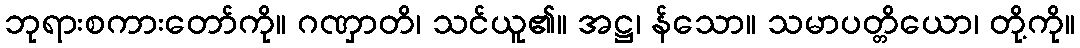
ဘုရားစကားတော်ကို။ ဂဏှာတိ၊ သင်ယူ၏။ အဋ္ဌ၊ န်သော။ သမာပတ္တိယော၊ တို့ကို။